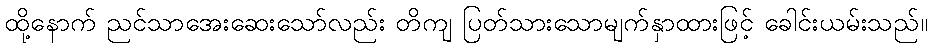
ထို့နောက် ညင်သာအေးဆေးသော်လည်း တိကျ ပြတ်သားသောမျက်နှာထားဖြင့် ခေါင်းယမ်းသည်။